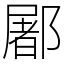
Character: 䣝